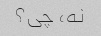
نه، چی؟